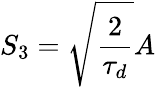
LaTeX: S_{3}=\sqrt{\frac{2}{\tau_{d}}}A